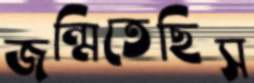
জন্মিতেছিস